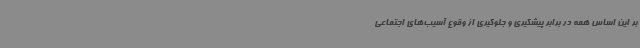
بر این اساس همه در برابر پیشگیری و جلوگیری از وقوع آسیب‌های اجتماعی